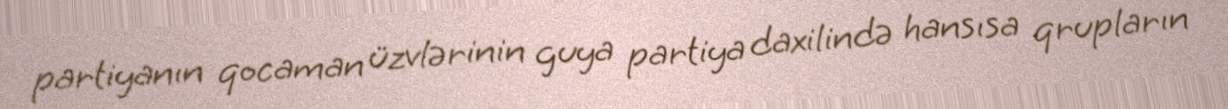
partiyanın qocaman üzvlərinin guya partiya daxilində hansısa qrupların